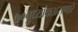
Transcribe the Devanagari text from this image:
७०बुध्यांकअसणारे